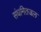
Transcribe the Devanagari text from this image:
संघनितजल